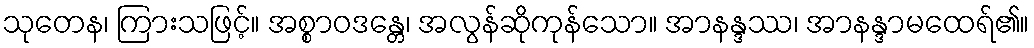
သုတေန၊ ကြားသဖြင့်။ အစ္စာဝဒန္တေ၊ အလွန်ဆိုကုန်သော။ အာနန္ဒဿ၊ အာနန္ဒာမထေရ်၏။